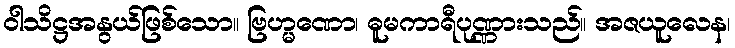
ဝါသိဋ္ဌအနွယ်ဖြစ်သော။ ဗြဟ္မဏော၊ ဓူမကာရီပုဏ္ဏားသည်။ အဇယူလေန၊